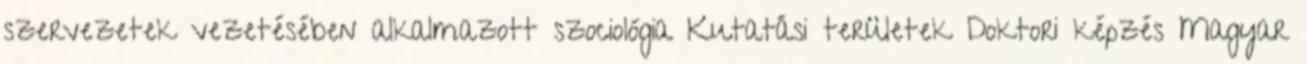
szervezetek vezetésében alkalmazott szociológia Kutatási területek Doktori képzés Magyar